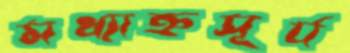
মধ্যাহ্নসূর্য